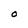
Character: O